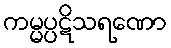
ကမ္မပ္ပဋိသရဏော